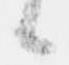
候